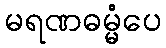
မရဏဓမ္မံပေ